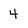
Character: 4